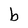
Character: b